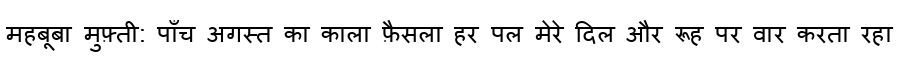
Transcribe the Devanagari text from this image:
महबूबा मुफ़्ती: पाँच अगस्त का काला फ़ैसला हर पल मेरे दिल और रूह पर वार करता रहा